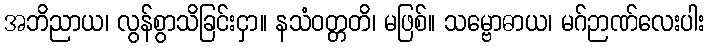
အဘိညာယ၊ လွန်စွာသိခြင်းငှာ။ နသံဝတ္တတိ၊ မဖြစ်။ သမ္ဗောဓာယ၊ မဂ်ဉာဏ်လေးပါး